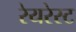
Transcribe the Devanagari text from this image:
रेयरेस्ट